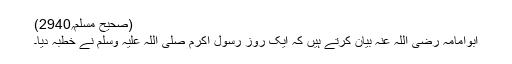
(صحیح مسلم؍2940)
ابوامامہ رضی اللہ عنہ بیان کرتے ہیں کہ ایک روز رسول اکرم صلی اللہ علیہ وسلم نے خطبہ دیا۔